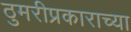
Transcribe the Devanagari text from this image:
ठुमरीप्रकाराच्या